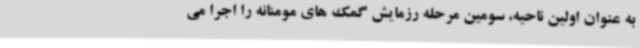
به عنوان اولین ناحیه، سومین مرحله رزمایش گمک های مومنانه را اجرا می